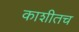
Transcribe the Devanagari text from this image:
काशीतच